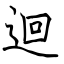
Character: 迴